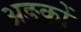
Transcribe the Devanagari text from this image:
अङ्कों